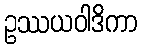
ဥဿယဝါဒိကာ